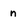
Character: n